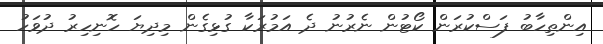
އިންތިހާބު ފަސްކުރަން ކޯޓުން ނެރުނު ދެ އަމުރަކާ ގުޅިގެން މިދިޔަ ހޮނިހިރު ދުވަހު